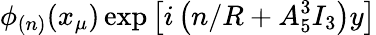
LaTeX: \phi_{(n)}(x_{\mu})\exp\left[i\left(n/R+A_{5}^{3}I_{3}\right)y\right]